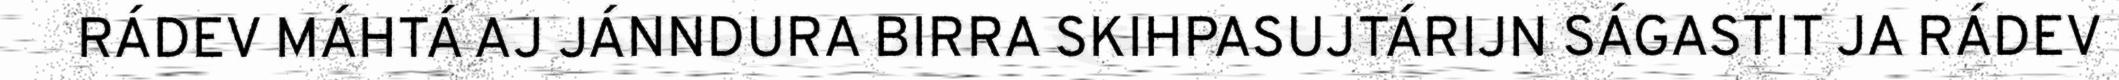
RÁDEV MÁHTÁ AJ JÁNNDURA BIRRA SKIHPASUJTÁRIJN SÁGASTIT JA RÁDEV